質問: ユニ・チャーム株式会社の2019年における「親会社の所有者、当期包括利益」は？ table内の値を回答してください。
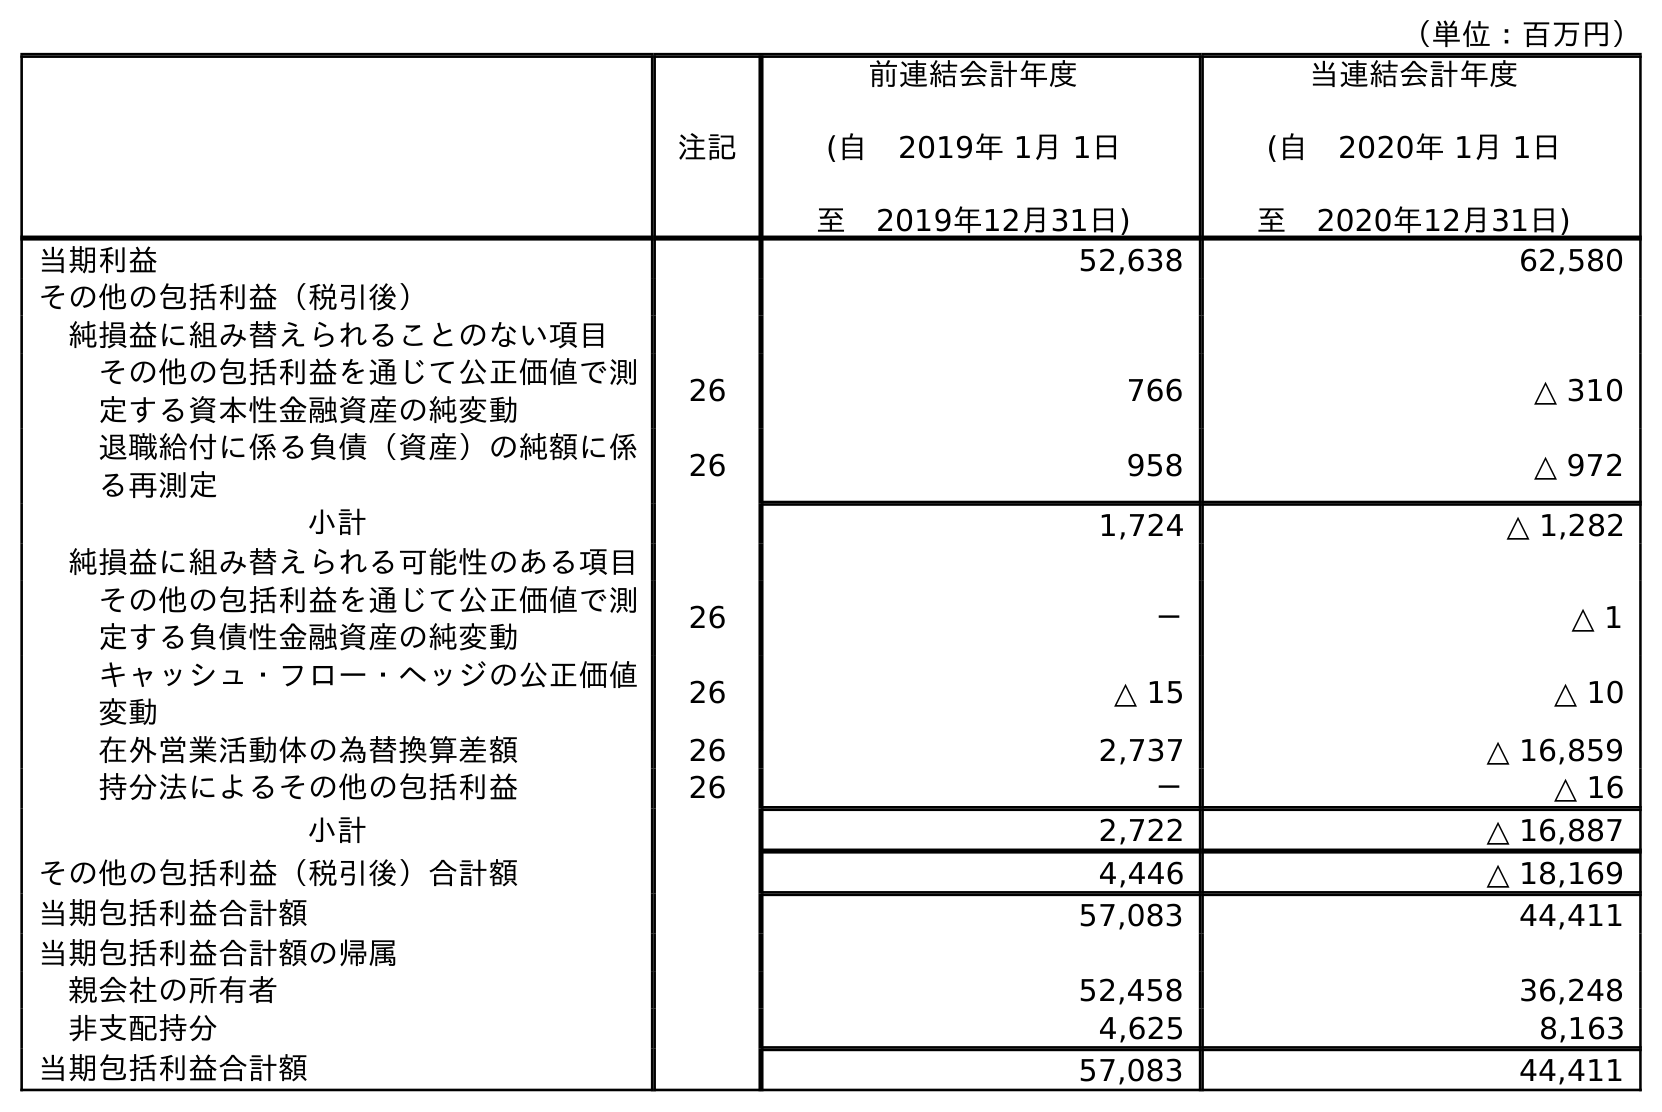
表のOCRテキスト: （単位：百万円） 注記 前連結会計年度 (自 2019年 1月 1日 至 2019年12月31日) 当連結会計年度 (自 2020年 1月 1日 至 2020年12月31日) 当期利益 52,638 62,580 その他の包括利益（税引後） 純損益に組み替えられることのない項目 その他の包括利益を通じて公正価値で測 定する資本性金融資産の純変動 26 766 △ 310 退職給付に係る負債（資産）の純額に係 る再測定 26 958 △ 972 小計 1,724 △ 1,282 純損益に組み替えられる可能性のある項目 その他の包括利益を通じて公正価値で測 定する負債性金融資産の純変動 26 － △ 1 キャッシュ・フロー・ヘッジの公正価値 変動 26 △ 15 △ 10 在外営業活動体の為替換算差額 26 2,737 △ 16,859 持分法によるその他の包括利益 26 － △ 16 小計 2,722 △ 16,887 その他の包括利益（税引後）合計額 4,446 △ 18,169 当期包括利益合計額 57,083 44,411 当期包括利益合計額の帰属 親会社の所有者 52,458 36,248 非支配持分 4,625 8,163 当期包括利益合計額 57,083 44,411
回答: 52,458